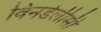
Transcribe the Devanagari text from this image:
विनडेलीसी